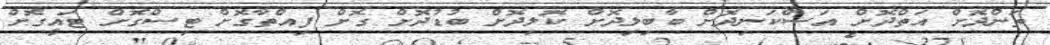
ތަންދޮށް އަތްދޮށް އަސްކަނިދޮށް ބާބިލިދޮށް ކޮލިދޮށް ބުޑުދޮށް ގޮށް ފިއްތާގޮށް ޓިސްގޮށް ޓައީގޮށް